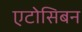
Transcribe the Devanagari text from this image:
एटोसिबन